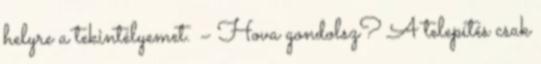
helyre a tekintélyemet. – Hova gondolsz? A telepítés csak